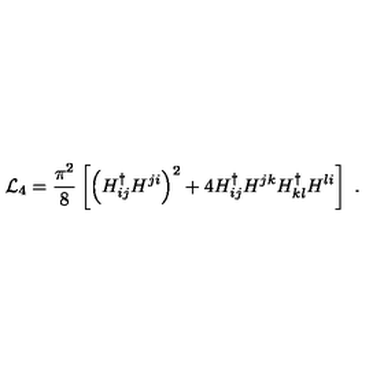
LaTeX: { \cal L } _ { 4 } = { \frac { \pi ^ { 2 } } { 8 } } \left[ \left( H _ { i j } ^ { \dag } H ^ { j i } \right) ^ { 2 } + 4 H _ { i j } ^ { \dag } H ^ { j k } H _ { k l } ^ { \dag } H ^ { l i } \right] \ .